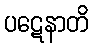
ပဋေနာတိ